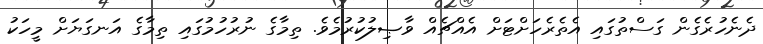
ދެނެހުރެގެން ގަސްތުގައި އެތެރެހަށްޓަށް އެއްޗެއް ވާޞިލުކުރުމެވެ. ތިމާގެ ނުރުހުމުގައި ތިމާގެ އަނގަޔަށް މީހަކު